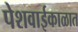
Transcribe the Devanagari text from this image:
पेशवाईकाळात